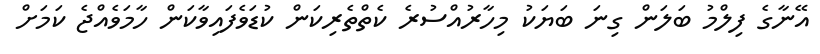
އޭނާގެ ފިލްމު ބަލަން ގިނަ ބަޔަކު މިހާރުއްސުރެ ކެތްތެރިކަން ކުޑަވެފައިވާކަން ހާމަވެއްޖެ ކަމަށް